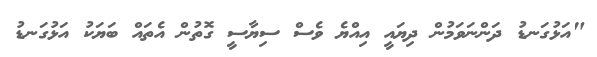
"އަޅުގަނޑު ދަންނަވަމުން ދިޔައީ އިއްޔެ ވެސް ސިޔާސީ ގޮތުން އެތައް ބަޔަކު އަޅުގަނޑު